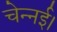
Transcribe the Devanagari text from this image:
चेन्नई।